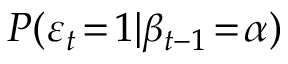
P ( \varepsilon _ { t } \! = \! 1 | \beta _ { t - 1 } \! = \! \alpha )